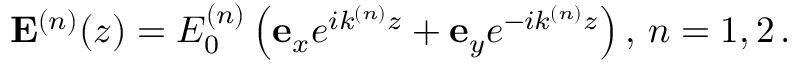
{ \bf E } ^ { ( n ) } ( z ) = E _ { 0 } ^ { ( n ) } \left( { \bf e } _ { x } e ^ { i k ^ { ( n ) } z } + { \bf e } _ { y } e ^ { - i k ^ { ( n ) } z } \right) , \, n = 1 , 2 \, .